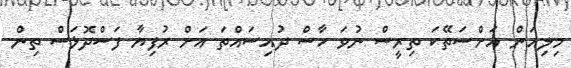
މިލިއަން އަށްސަތޭކަ ތިރީސް ނުވަ ހާސް ދުއިސައްތަ އަށް ރުފިޔާ ފަސްދޮޅަސް ތިން